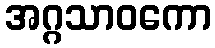
အဂ္ဂသာဝကော